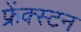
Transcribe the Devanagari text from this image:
फ्रेंक्स्टन